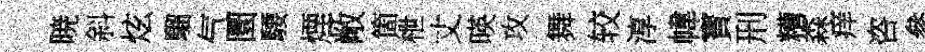
暁斜炫騮气圜騕煙敞箇枻丈暎攻舞较淳幃寳刑糟森痒咨參